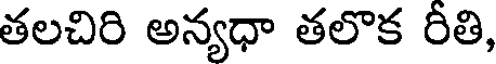
తలచిరి అన్యధా తలొక రీతి,